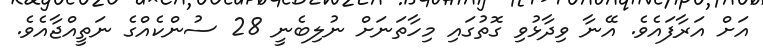
އަށް އަރާފައެވެ. އޭނާ ވިދާޅުވި ގޮތުގައި މިހާތަނަށް ނުލިބެނީ 28 ސުންކެއްގެ ނަތީއްޖާއެވެ.